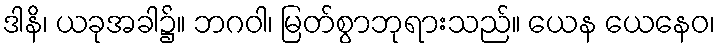
ဒါနိ၊ ယခုအခါ၌။ ဘဂဝါ၊ မြတ်စွာဘုရားသည်။ ယေန ယေနေဝ၊